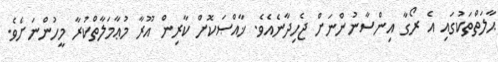
ޙާލަތްތަކުގައި އެ ރޯގާ އިންސާނުންނަށް ޖެހިދާނެއެވެ. ޚާއްޞަކޮށް ކާރިން އޫރާ މުޢާމަލާތްކުރާ މީހުންނަށެވެ.